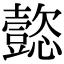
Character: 㦤